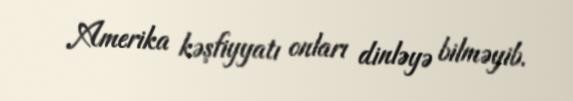
Amerika kəşfiyyatı onları dinləyə bilməyib.